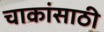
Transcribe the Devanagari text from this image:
चाकांसाठी